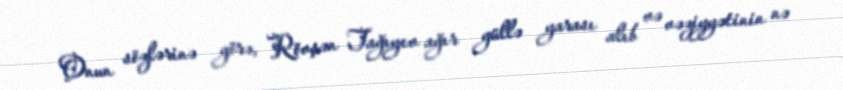
Onun sözlərinə görə, Rövşən Tağıyev ağır güllə yarası alıb və vəziyyətinin nə